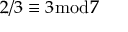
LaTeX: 2 / 3 \equiv 3 { \bmod { 7 } }